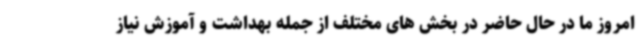
امروز ما در حال حاضر در بخش های مختلف از جمله بهداشت و آموزش نیاز